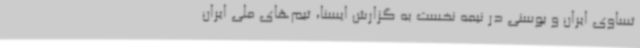
تساوی ایران و بوسنی در نیمه نخست به گزارش ایسنا، تیم‌های ملی ایران